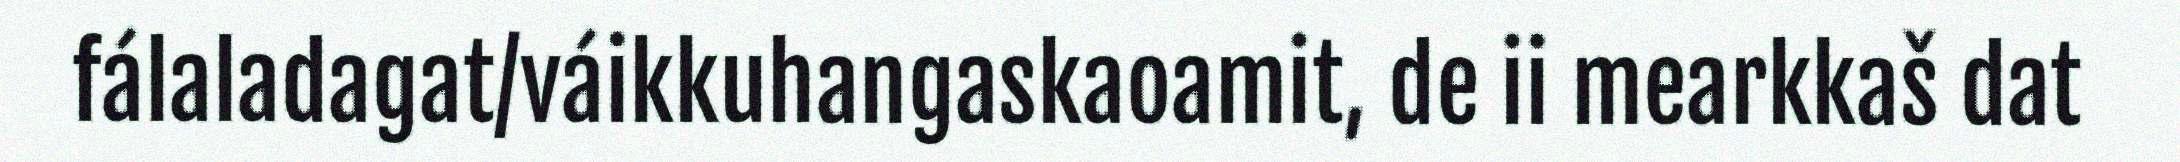
fálaladagat/váikkuhangaskaoamit, de ii mearkkaš dat